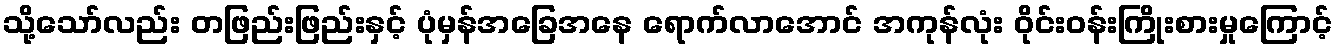
သို့သော်လည်း တဖြည်းဖြည်းနှင့် ပုံမှန်အခြေအနေ ရောက်လာအောင် အကုန်လုံး ဝိုင်းဝန်းကြိုးစားမှုကြောင့်